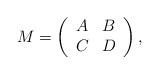
LaTeX: \begin{align*}M= \left( \begin{array}{ll} A & B \\ C & D \end{array}\right),\end{align*}